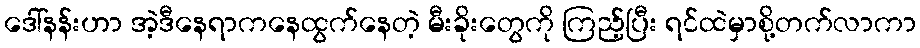
ဒေါ်နန်းဟာ အဲ့ဒီနေရာကနေထွက်နေတဲ့ မီးခိုးတွေကို ကြည့်ပြီး ရင်ထဲမှာစို့တက်လာကာ